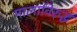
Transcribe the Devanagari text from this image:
मालाविरुद्ध